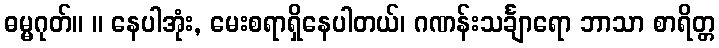
ဓမ္မဂုတ်။ ။ နေပါအုံး, မေးစရာရှိနေပါတယ်၊ ဂဏန်းသင်္ချာရော ဘာသာ စာရိတ္တ